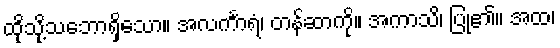
ထိုသို့သဘောရှိသော။ အလင်္ကာရံ၊ တန်ဆာကို။ အကာသိ၊ ပြု၏။ အထ၊